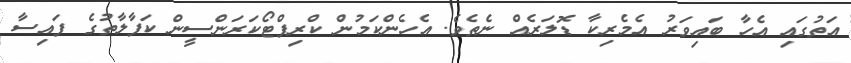
އަތުގައި އެހާ ބައިވަރު އެމެރިކާ ޑޮލަރެއް ނެތެވެ. އެހެންކަމުން ކްރިޕްޓޯކަރަންސީން ކަފާލާތުގެ ފައިސާ